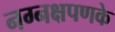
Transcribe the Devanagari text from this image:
नग्नक्षपणके